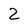
Character: 2